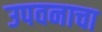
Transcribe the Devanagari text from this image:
उपवनाचा